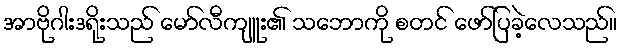
အာဗိုဂါးဒရိုးသည် မော်လီကျူး၏ သဘောကို စတင် ဖော်ပြခဲ့လေသည်။